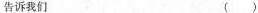
告诉我们 ( )